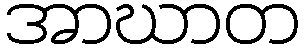
အာဃာတ